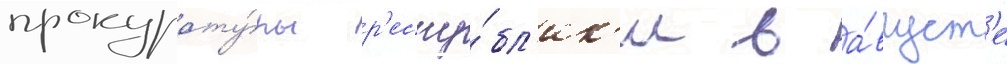
прокурату́ры р'еспу́бл'ик'и в а́вгуст'е